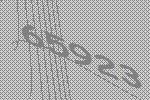
65923